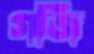
গর্জি